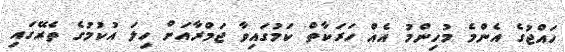
ހައްޖުގެ އެންމެ މުހިންމު އެއް ހަރަކާތް ކަމުގައިވާ ޖަމްރާއަށް ހިލަ އުކުމުގެ ތެރޭގައި